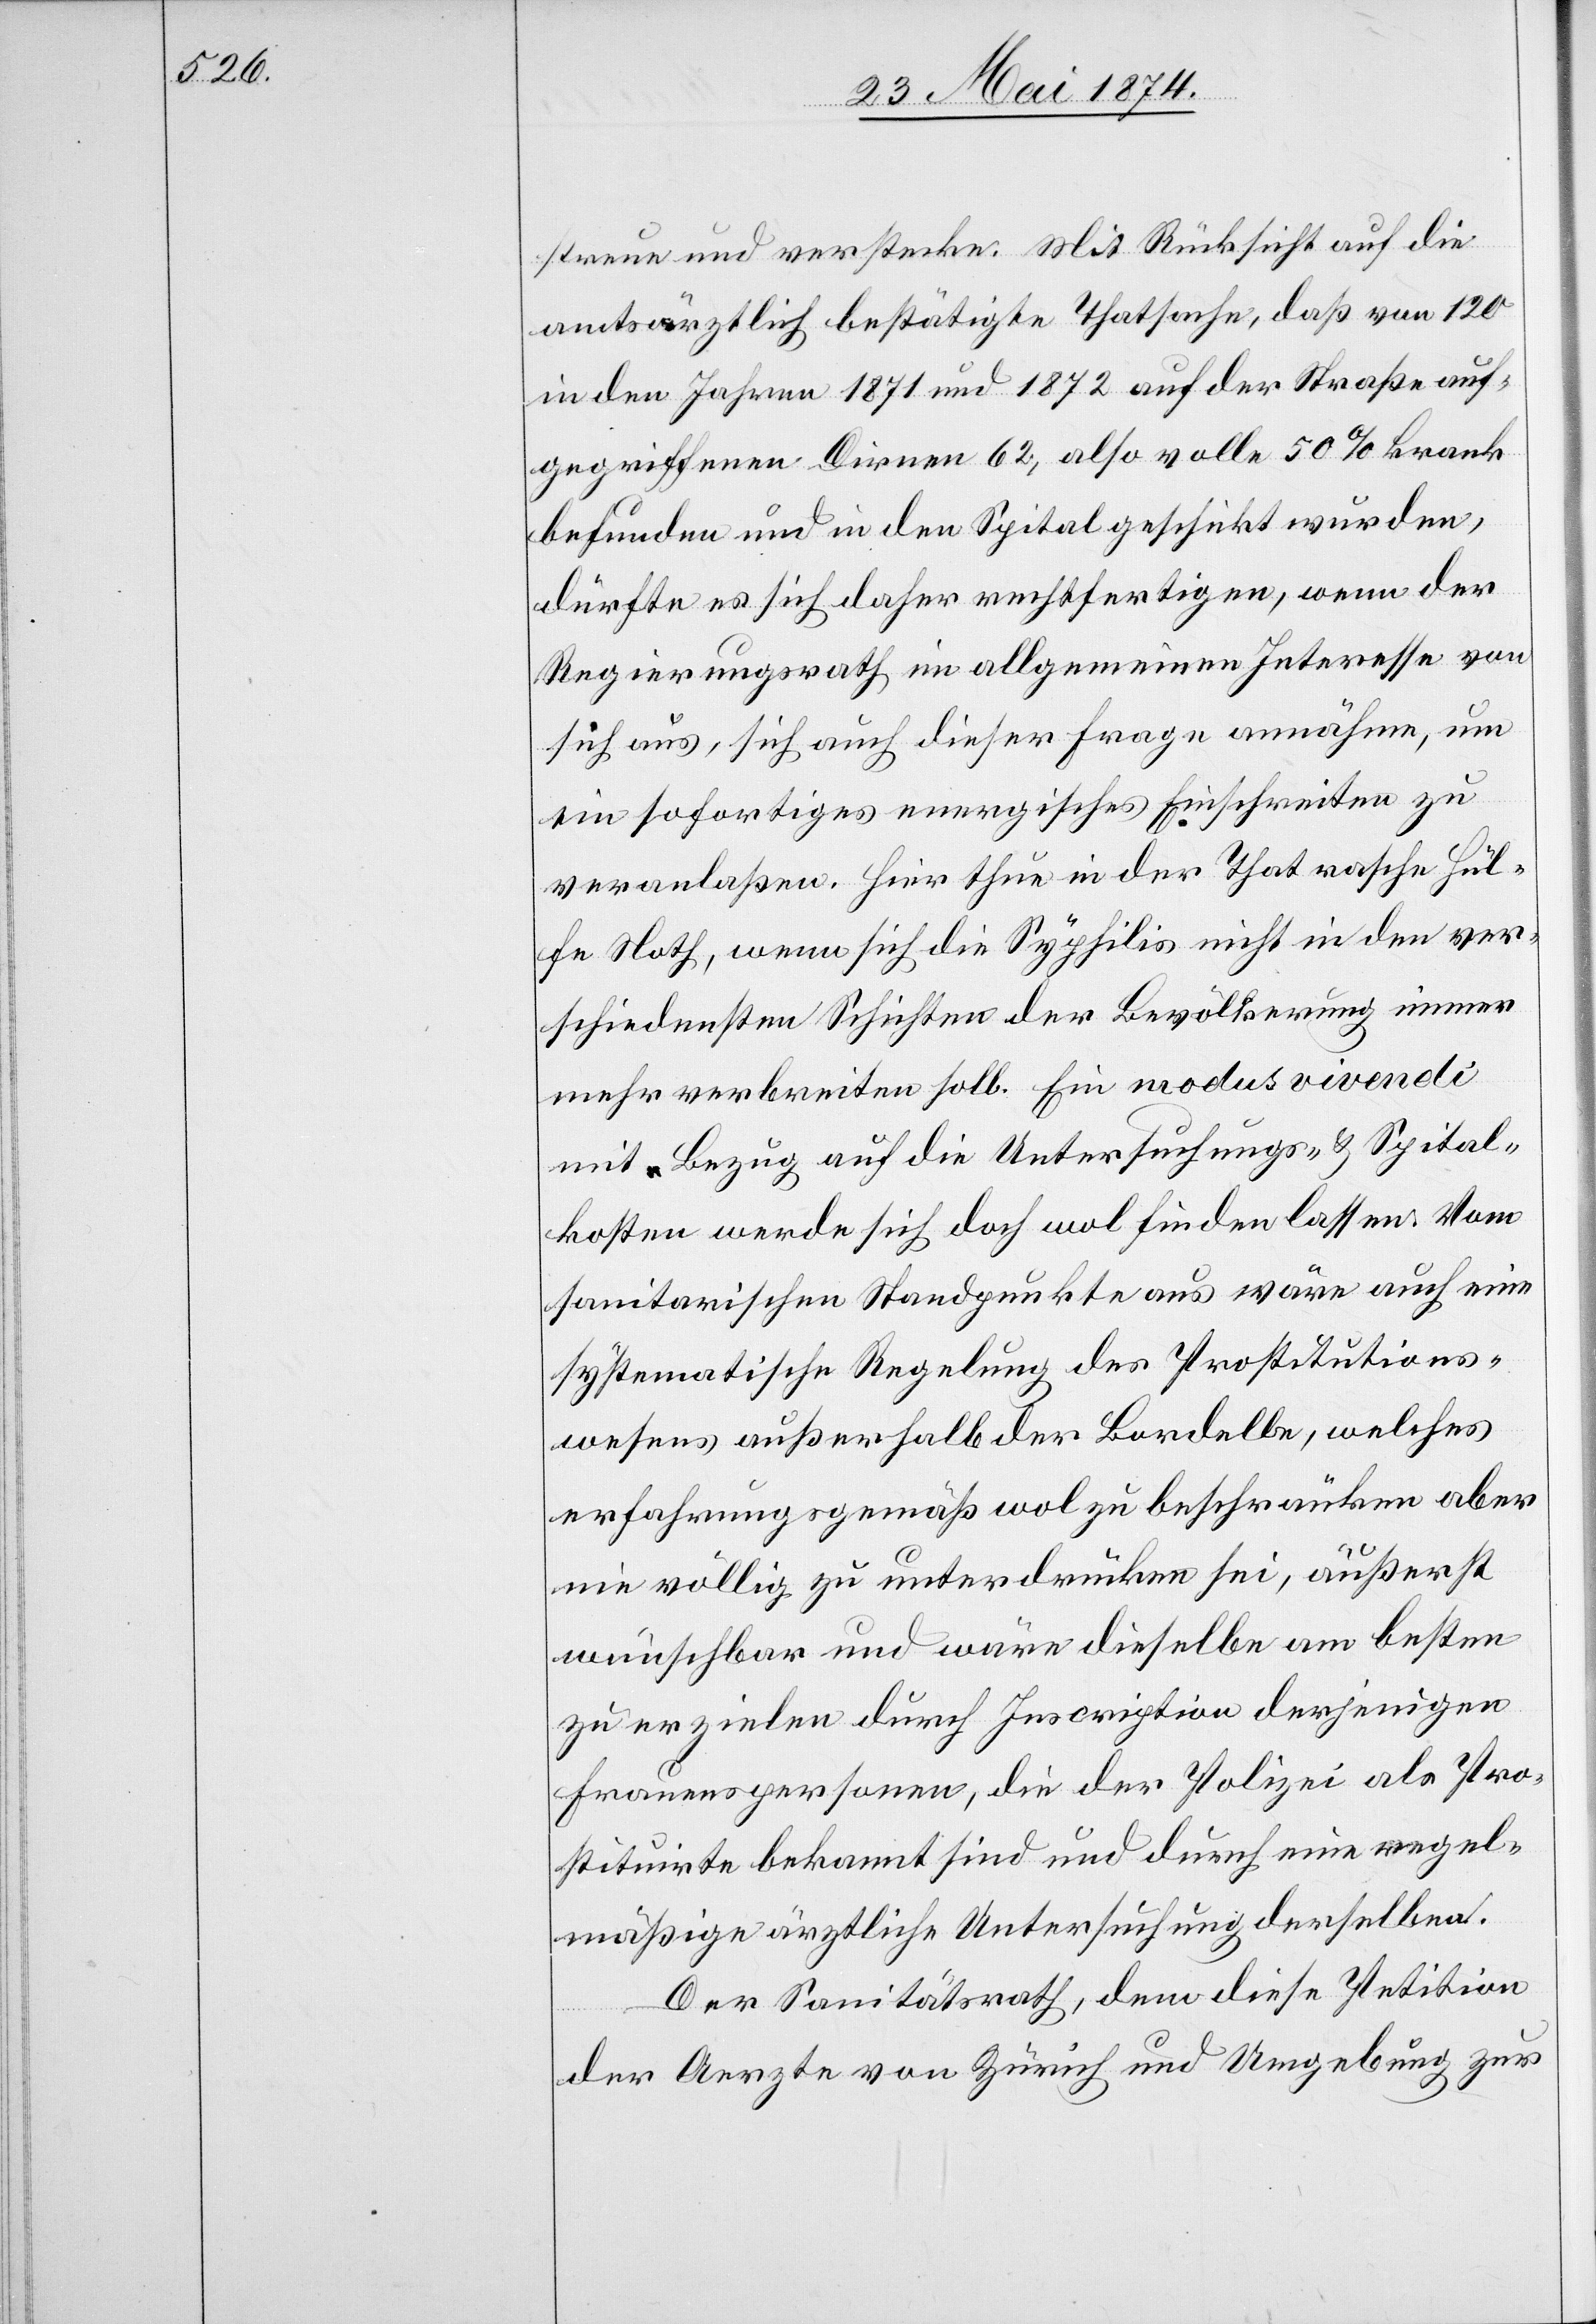
streue und versenke. Mit Rücksicht auf die
amtsärztlich bestätigte Thatsache, daß von 120
in den Jahren 1871 und 1872 auf der Straße auf¬
gegriffenen Dirnen 62, also volle 50% krank
befunden und in den Spital geschikt wurden,
dürfte es sich daher rechtfertigen, wenn der
Regierungsrath im allgemeinen Interesse von
sich aus, sich auch dieser Frage annähere, um
ein sofortiges energisches Einschreiten zu
veranlaßen. Hier thun in der That rasche Hül¬
fe Noth, wenn sich die Syphilis nicht in den ver¬
schiedensten Schichten der Bevölkerung immer
mehr verbreiten soll. Ein modus vivendi
mit Bezug auf die Untersuchungs- u. Spital¬
kosten werde sich doch wol finden lassen. Vom
sanitarischen Standpunkte aus wäre auch eine
systematische Regelung des Prostitutions¬
wesens außerhalb der Bordelle, welches
erfahrungsgemäß wol zu beschränken aber
nie völlig zu unterdrüken sei, äußerst
wünschbar und wäre dieselbe am besten
zu erzielen durch Inscription derjenigen
Frauenspersonen, die der Polizei als Pro¬
stituierte bekannt sind und durch eine regel¬
mäßige ärztliche Untersuchung derselben.
Der Sanitätsrath, dem diese Petition
der Aerzte von Zürich und Umgebung zur